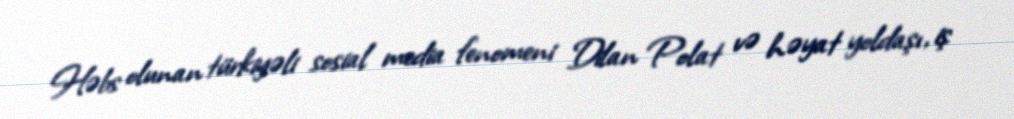
Həbs olunan türkiyəli sosial media fenomeni Dilan Polat və həyat yoldaşı, iş